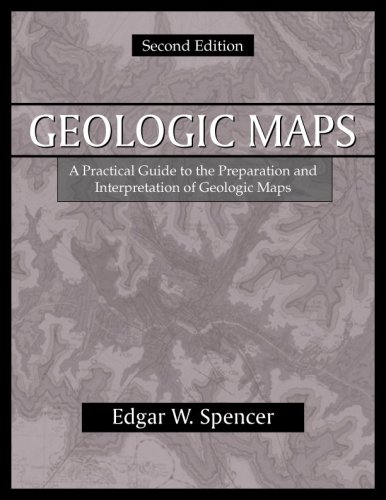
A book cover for Geologic Maps: A Practical Guide to the Preparation And Interpretation of Geologic Maps; Edgar W. Spencer; Science & Math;